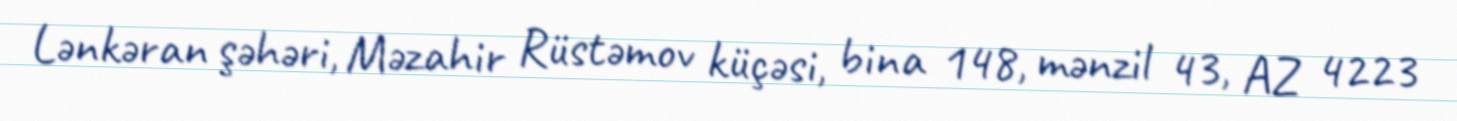
Lənkəran şəhəri, Məzahir Rüstəmov küçəsi, bina 148, mənzil 43, AZ 4223